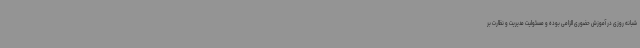
شبانه روزی در آموزش حضوری الزامی بوده و مسئولیت مدیریت و نظارت بر